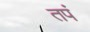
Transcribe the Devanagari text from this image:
तपं